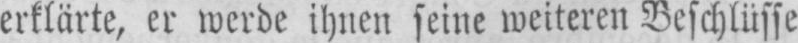
erklärte, er werde ihnen seine weiteren Beschlüsse